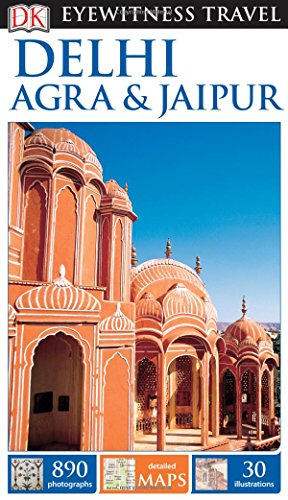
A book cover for DK Eyewitness Travel Guide: Delhi, Agra & Jaipur; DK Publishing; Travel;